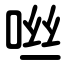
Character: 咝